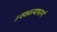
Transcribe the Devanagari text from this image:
॥वक्त्रस्याभरणं